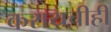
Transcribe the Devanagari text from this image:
करायचीही